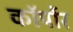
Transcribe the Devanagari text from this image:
कॉर्पोर